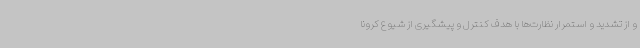
و از تشدید و استمرار نظارت‌ها با هدف کنترل و پیشگیری از شیوع کرونا